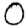
Digit: 0